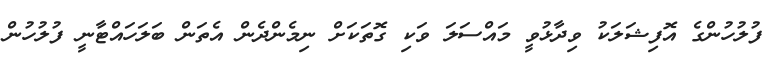
ފުލުހުންގެ އޮފިޝަލަކު ވިދާޅުވީ މައްސަލަ ވަކި ގޮތަކަށް ނިމެންދެން އެތަން ބަލަހައްޓާނީ ފުލުހުން